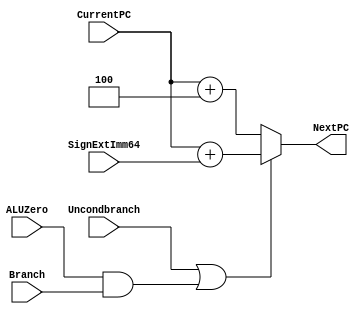
module NextPClogic(NextPC, CurrentPC, SignExtImm64, Branch, ALUZero, Uncondbranch); 

   input [63:0] CurrentPC, SignExtImm64; 
   input 	Branch, ALUZero, Uncondbranch; 
   output reg [63:0] NextPC; 
   
   
   // Instructions:
   // SignExtendImm64 is the output of the sign extender
   // branch is true if the current instructon is a condition branch
   // If unconditional is true, the current instruction us Unconditional.
   // Branch and ALUZero is the zero output of the ALU
   
   // Possible Test Cases:
   
   // For B (unconditional branch), UncondBranch == 1 and ALUZero == 1, B == X
      // NextPC = PC + SignExtImm64
   // For CB (conditional branch), UncondBranch == X and ALUZero == 0, B == 1
      // NextPC = PC + SignExtImm64

   // Else 
      // NextPC = PC + 4
      
   // Branch, ALU, UnConditionalBranch
   always @(*) begin 
      if( (Uncondbranch == 1'b1) || (ALUZero == 1'b1 && Branch == 1'b1) ) 
         begin 
            NextPC = CurrentPC + (SignExtImm64);
            //$display("NextPC:%h",NextPC);

         end
      else
         begin 
            NextPC = CurrentPC + 64'b100;
         end
   end
// 110 should not have branched
endmodule